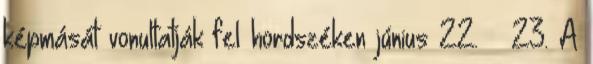
képmását vonultatják fel hordszéken június 22. – 23. A